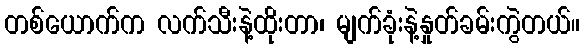
တစ်ယောက်က လက်သီးနဲ့ထိုးတာ၊ မျက်ခုံးနဲ့နှုတ်ခမ်းကွဲတယ်။